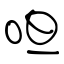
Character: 呾